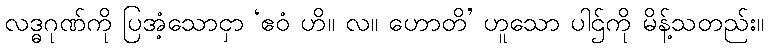
လဒ္ဓဂုဏ်ကို ပြအံ့သောငှာ ‘ဧဝံ ဟိ။ လ။ ဟောတိ’ ဟူသော ပါဌ်ကို မိန့်သတည်း။